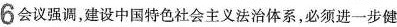
6会议强调，建设中国特色社会主义法治体系，必须进一步健